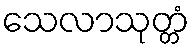
သေလာသုတ္တံ